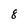
Character: 8